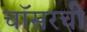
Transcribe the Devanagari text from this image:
चॉसरची